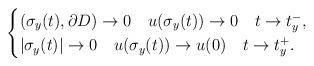
LaTeX: \begin{align*}\begin{cases}\left(\sigma_y(t), \partial D \right)\to 0\ \,\ \,u(\sigma_y(t))\to 0\ \,\ \,t\to t_y^-,\ \ &\\|\sigma_y(t)|\to 0 \ \,\ \,u(\sigma_y(t))\to u(0)\ \,\ \, t\to t_y^+. &\end{cases}\end{align*}